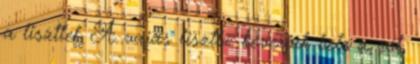
a liszttel. A vajas lisztbe keverjük bele a sót,